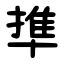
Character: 㔼